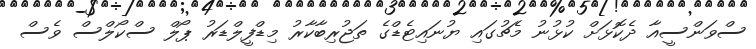
ސްވަންސީއާ ދެކޮޅަށް ކުޅުނު މެޗުގައި ޔުނައިޓެޑްގެ ތަޖުރިބާކާރު މިޑްފީލްޑަރު ޕޯލް ސްކޯލްސް ވެސް